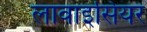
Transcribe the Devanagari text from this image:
लावाइसियर